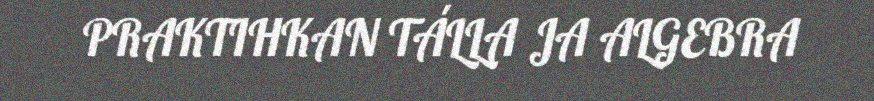
PRAKTIHKAN TÁLLA JA ALGEBRA